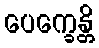
ပေက္ခေန္တိ